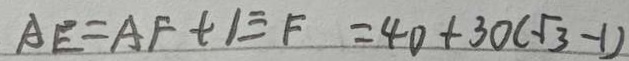
A E = A F + E F = 4 0 + 3 0 ( \sqrt { 3 } - 1 )